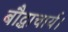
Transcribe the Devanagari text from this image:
बौद्धाचार्य।